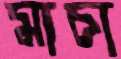
মাচা